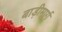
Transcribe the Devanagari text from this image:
बाड़ीमार्ग